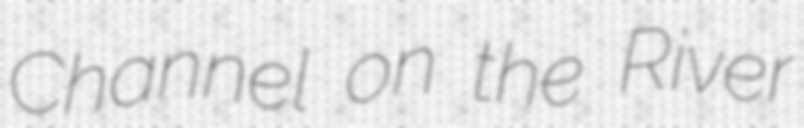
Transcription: Channel on the River